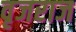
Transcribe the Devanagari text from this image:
वृजराज